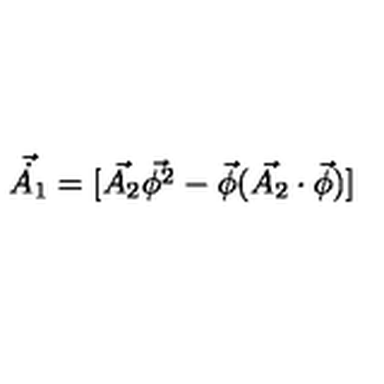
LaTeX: \vec { \dot { A _ { 1 } } } = [ \vec { A _ { 2 } } \vec { \phi ^ { 2 } } - \vec { \phi } ( \vec { A _ { 2 } } \cdot \vec { \phi } ) ]